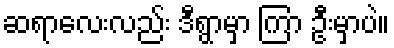
ဆရာလေးလည်း ဒီရွာမှာ ကြာ ဦးမှာပဲ။